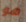
هو